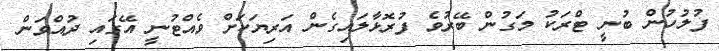
ފުލުހުން ބުނީ ޓްރަކު މަގުން ބޭރުވެ ފުރޮޅާލައިގެން އަރިޔަކަށް ވެއްޓުނީ އޭގައި ދުއްވަން